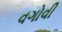
વગોવી